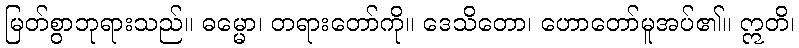
မြတ်စွာဘုရားသည်။ ဓမ္မော၊ တရားတော်ကို။ ဒေသိတော၊ ဟောတော်မူအပ်၏။ ဣတိ၊